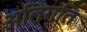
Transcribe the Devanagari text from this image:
अतिगति